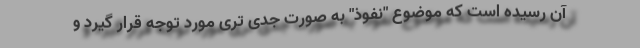
آن رسیده است که موضوع "نفوذ" به صورت جدی تری مورد توجه قرار گیرد و